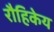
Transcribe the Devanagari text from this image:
रौहिकेय